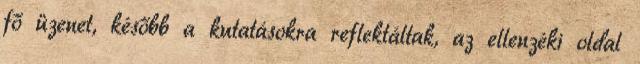
fő üzenet, később a kutatásokra reflektáltak, az ellenzéki oldal